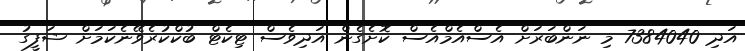
އަދި 7384040 މި ނަންބަރަށް އެސްއެމްއެސް ކޮށެގެން އަދިވެސް ޓިކެޓް ބުކްކުރެވޭނެކަމަށް ޝަފީގު